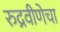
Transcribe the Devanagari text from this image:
रुद्रवीणेचा